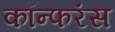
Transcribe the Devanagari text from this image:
कॉन्फरंस